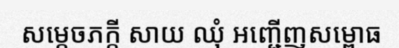
សម្តេចភក្តី សាយ ឈុំ អញ្ជើញសម្ពោធ